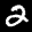
Label: 2